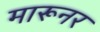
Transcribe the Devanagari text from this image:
मारूनर